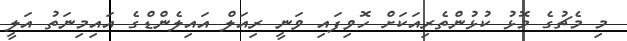
މި މެޗުގެ މޮޅު ކުޅުންތެރިއަކަށް ހޮވިފައި ވަނީ ރިއަލް އައިލެންޑްގެ އައިމިނަތު އަލީ